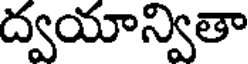
ద్వయాన్వితా